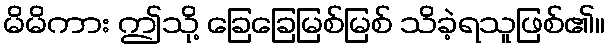
မိမိကား ဤသို့ ခြေခြေမြစ်မြစ် သိခဲ့ရသူဖြစ်၏။